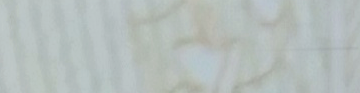
مقهى الغرب